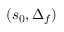
( s _ { 0 } , \Delta _ { f } )